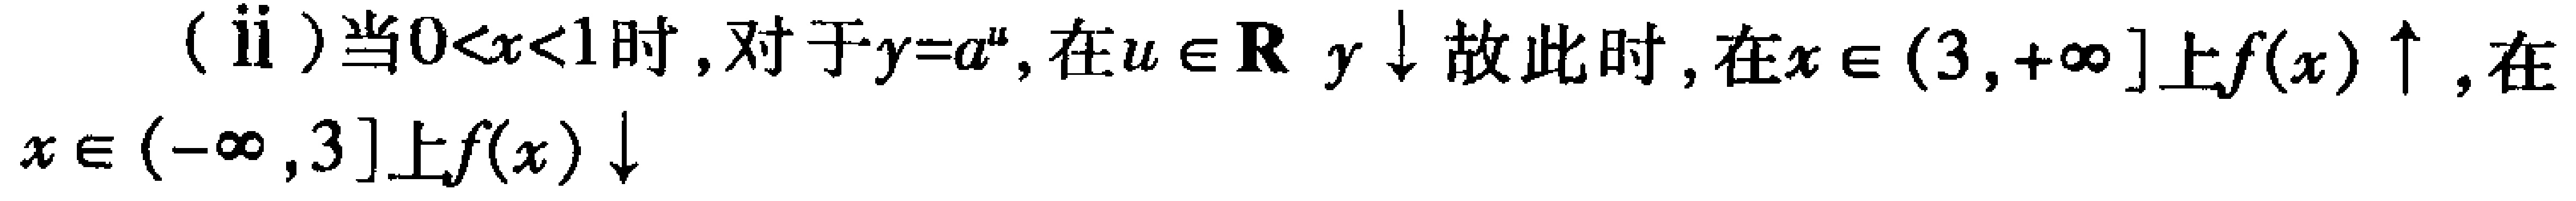
(ii)当\(0<x<1\)时,对于\(y = a^{u}\),在\(u\in\mathbb{R}\) \(y\downarrow\)故此时,在\(x\in(3,+\infty]\)上\(f(x)\uparrow\),在\(x\in(-\infty,3]\)上\(f(x)\downarrow\)